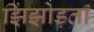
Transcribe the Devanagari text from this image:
झिंझोड़ता